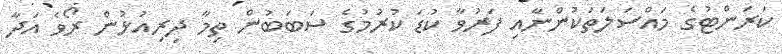
ކަރަންޓުގެ މައްސަލަތަކުންނާއި ފަރުވާ ކުޑަ ކުރުމުގެ ސަބަބުން ތިމާ ދިރިއުޅުން ރޯވެ އަދާ